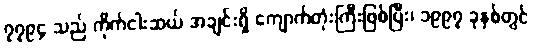
၇၇၉၄ သည် ကိုက်ငါးဆယ် အချင်းရှိ ကျောက်တုံးကြီးဖြစ်ပြီး၊ ၁၉၉၇ ခုနှစ်တွင်